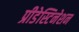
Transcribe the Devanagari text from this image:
प्रीडेस्टिनेशन